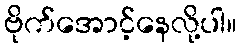
ဗိုက်အောင့်နေလို့ပါ။